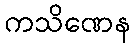
ကသိဏေန